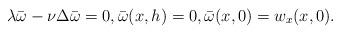
LaTeX: \begin{align*}\lambda \bar \omega - \nu \Delta \bar \omega=0, \bar \omega(x,h)=0, \bar \omega(x,0)=w_x(x,0).\end{align*}